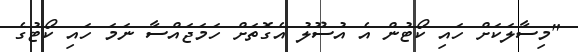
"މިސާލަކަށް ހައި ކޯޓުން އެ އުސޫލު އެގޮތަށް ހަމަޖައްސާ ނަމަ ހައި ކޯޓުގެ